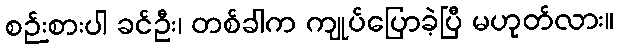
စဉ်းစားပါ ခင်ဦး၊ တစ်ခါက ကျုပ်ပြောခဲ့ပြီ မဟုတ်လား။